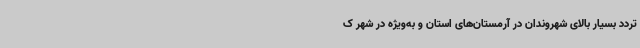
تردد بسیار بالای شهروندان در آرمستان‌های استان و به‌ویژه در شهر ک